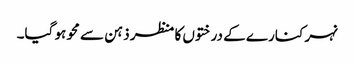
نہر کنارے کے درختوں کا منظر ذہن سے محو ہو گیا۔